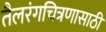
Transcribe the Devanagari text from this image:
तैलरंगचित्रणासाठी